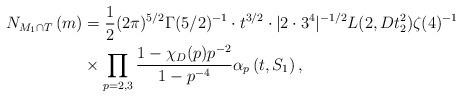
LaTeX: \begin{align*}N_{M_1\cap T}\left(m\right) &= \frac{1}{2}(2\pi)^{5/2}\Gamma(5/2)^{-1}\cdot t^{3/2}\cdot |2\cdot 3^4|^{-1/2}L(2,Dt_2^2)\zeta(4)^{-1}\\&\times\prod_{p = 2, 3}\frac{1 - \chi_D(p)p^{-2}}{1 - p^{-4}}\alpha_p\left(t,S_1\right),\end{align*}